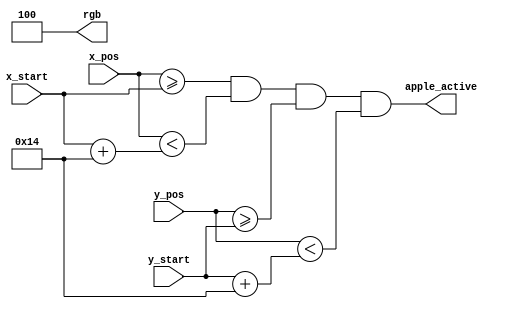
// Copyright 2024 Stefan Hirschbck
// Licensed under the Apache License, Version 2.0 (the "License");
// you may not use this file except in compliance with the License. 
// You may obtain a copy of the License at
// 
// http://www.apache.org/licenses/LICENSE2.0
// 
// Unless required by applicable law or agreed to in writing, software
// distributed under the License is distributed on an "AS IS" BASIS,
// WITHOUT WARRANTIES OR CONDITIONS OF ANY KIND, either express or implied. See the License for the specific language governing permissions and
// limitations under the License.

`default_nettype none

module draw_apple # (
    parameter BIT = 10,
    parameter SIZE = 20 // size of apple in px x px
) ( 
    input wire[BIT-1:0] x_pos,
    input wire[BIT-1:0] y_pos,
    input wire[BIT-1:0] x_start,
    input wire[BIT-1:0] y_start,   
    output wire apple_active,
    output wire [2:0] rgb
);

parameter color = 3'b100; // color of apple = red

// returns 1 if apple should be drawn at current x and y position
assign apple_active = (x_pos >= x_start) && (x_pos < x_start + SIZE) && (y_pos >= y_start) && (y_pos < y_start + SIZE);
assign rgb = color;

endmodule